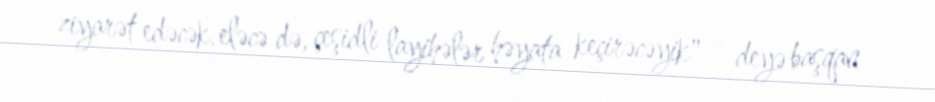
ziyarət edəcək, eləcə də, çeşidli layihələr həyata keçirəcəyik" - deyə başqan